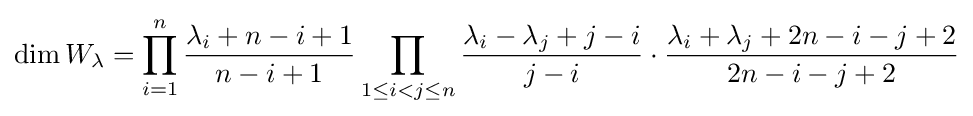
\dim W_{\lambda }=\prod _{i=1}^{n}{\frac {\lambda _{i}+n-i+1}{n-i+1}}\prod _{1\leq i<j\leq n}{\frac {\lambda _{i}-\lambda _{j}+j-i}{j-i}}\cdot {\frac {\lambda _{i}+\lambda _{j}+2n-i-j+2}{2n-i-j+2}}